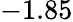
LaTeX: -1.85